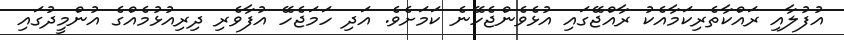
އުފުލާއި ރައްކާތެރިކަމާއެކު ރާއްޖޭގައި އުޅެވެންޖެހޭނެ ކަމަށެވެ. އަދި ހަމަޖެހޭ އުފާވެރި ދިރިއުޅުމެއްގެ އުންމީދުގައި